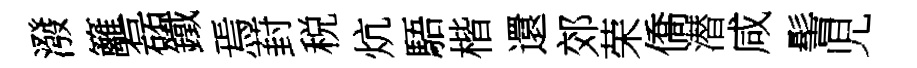
潑籬磊鐵焉葑税炕䮏楷還郊荣僑潜咸髻児